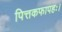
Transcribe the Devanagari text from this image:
पित्तकफापहः।